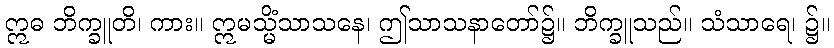
ဣဓ ဘိက္ခူတိ၊ ကား။ ဣမသ္မိံသာသနေ၊ ဤသာသနာတော်၌။ ဘိက္ခူသည်။ သံသာရေ၊ ၌။